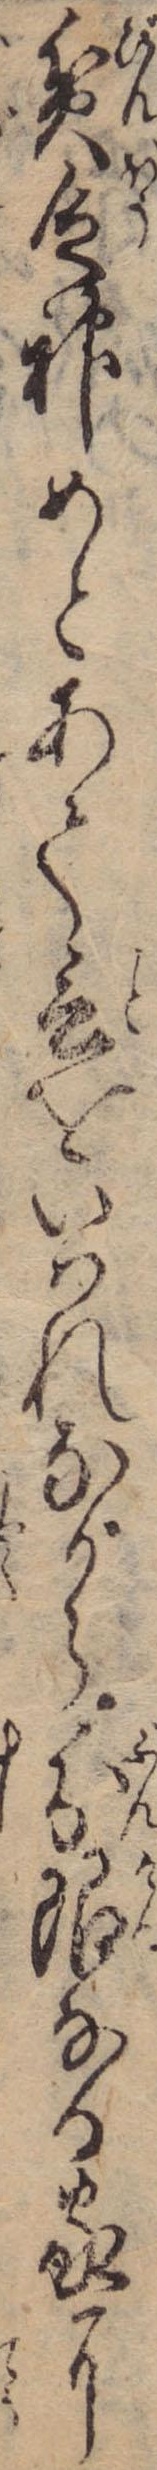
貧乏神めとあて言をいはれながら分限なる家に